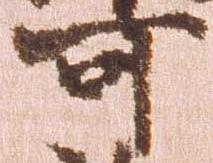
可